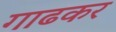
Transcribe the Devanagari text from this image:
गाढकर